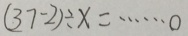
( 3 7 - 2 ) \div x = \cdots 0